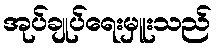
အုပ်ချုပ်ရေးမှူးသည်